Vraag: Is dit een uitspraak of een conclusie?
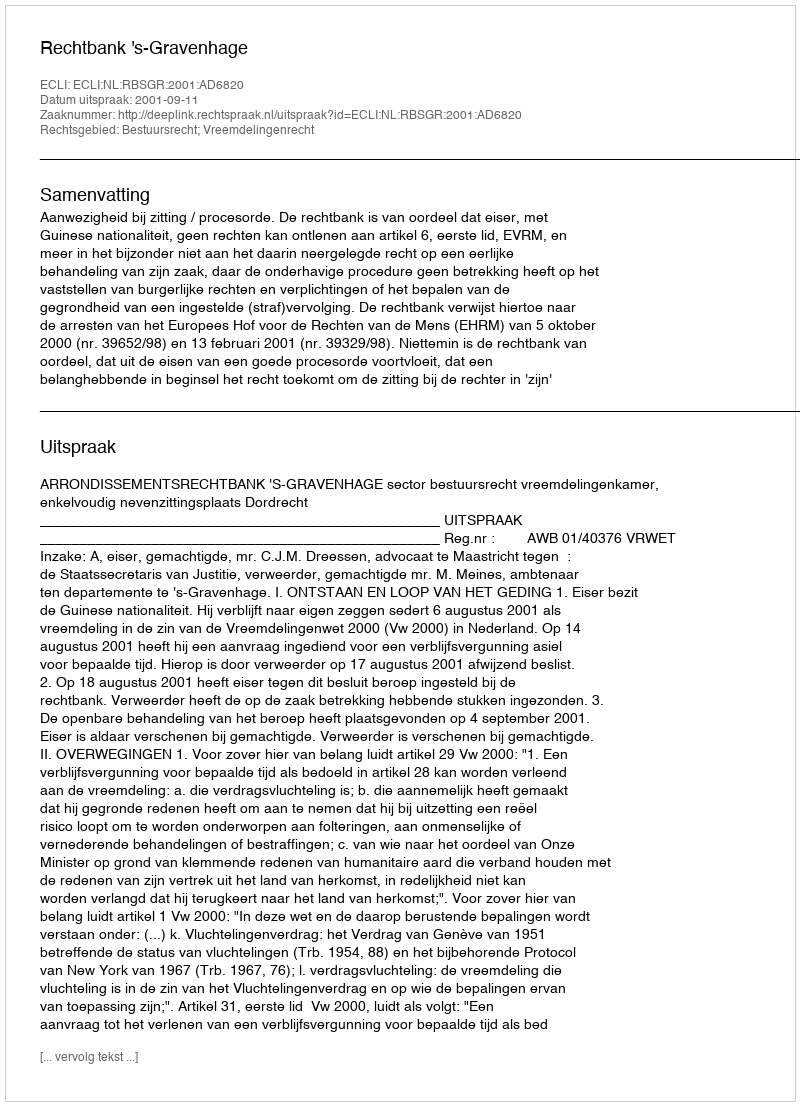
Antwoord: Uitspraak